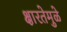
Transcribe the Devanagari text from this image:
क्षारतेमुळे